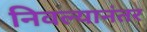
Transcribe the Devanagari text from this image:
निवल्यानंतर